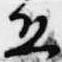
恐